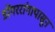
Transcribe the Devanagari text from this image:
डोंगररांगापासून